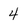
Character: 4